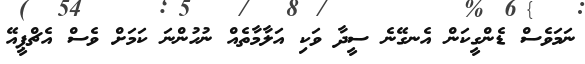
ނަމަވެސް ޑެންގީކަން އެނގޭނެ ސީދާ ވަކި އަލާމާތެއް ނުހުންނަ ކަމަށް ވެސް އެޗްޕީއޭ